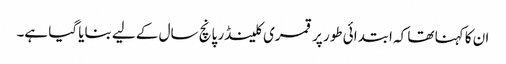
ان کا کہنا تھا کہ ابتدائی طور پر قمری کلینڈر پانچ سال کے لیے بنایا گیا ہے۔